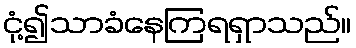
ငုံ့၍သာခံနေကြရရှာသည်။